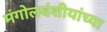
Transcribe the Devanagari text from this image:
मंगोलवंशीयांच्या